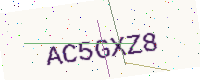
Text: AC5GXZ8